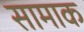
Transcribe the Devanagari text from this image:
सामाक